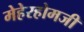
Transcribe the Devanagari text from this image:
मेहेरहोमजी